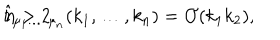
\hat { t } _ { \mu _ { 1 } \ldots \; \mu _ { n } } ( k _ { 1 } , \ldots , k _ { n } ) = { \cal O } ( k _ { 1 } k _ { 2 } ) , \hspace { 1 . 2 c m } n > 2 .